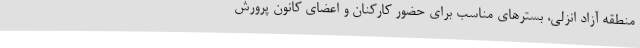
منطقه آزاد انزلی، بسترهای مناسب برای حضور کارکنان و اعضای کانون پرورش